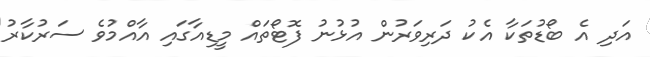
އަދި އެ ބޯޑުތަކާ އެކު ދަރިވަރުން އުޅުނު ފޮޓޯތައް މީޑިއާގައި އާއްމުވެ ސަރުކާރު